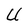
Character: U